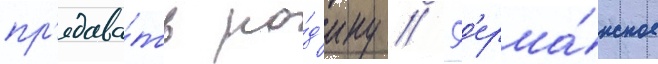
пр'едава́ть ро́д'ину // Г'ерма́нское